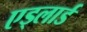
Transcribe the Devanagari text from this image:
एड्लार्ड